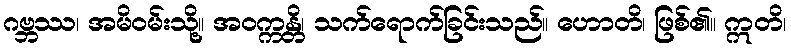
ဂဗ္ဘဿ၊ အမိဝမ်းသို့။ အဝက္ကန္တိ၊ သက်ရောက်ခြင်းသည်။ ဟောတိ၊ ဖြစ်၏။ ဣတိ၊